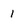
Character: 1